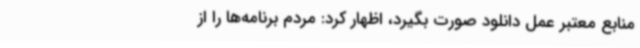
منابع معتبر عمل دانلود صورت بگیرد، اظهار کرد: مردم برنامه‌ها را از